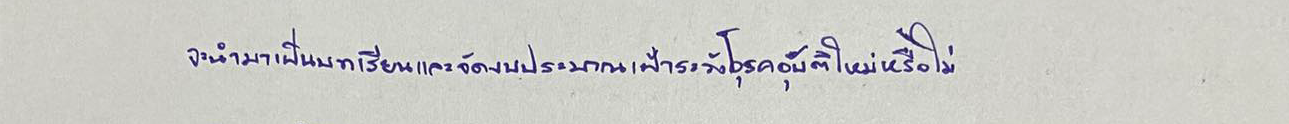
จะนำมาเป็นบทเรียนและจัดงบประมาณเฝ้าระวังโรคอุบัติใหม่หรือไม่